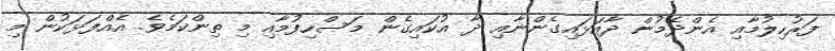
ފަރުހިލުމާއި އެންދެމުން ދާއަޅައިގެންނާއި ދާ އުކައިގެން މަސްހިފުމާއި މި ތިންކަމެވެ. އެއްފަޅަކުން މި